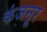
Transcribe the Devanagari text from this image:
कंजनूर